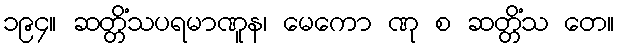
၁၉၄။ ဆတ္တိံသပရမာဏူန၊ မေကော ဏု စ ဆတ္တိံသ တေ။